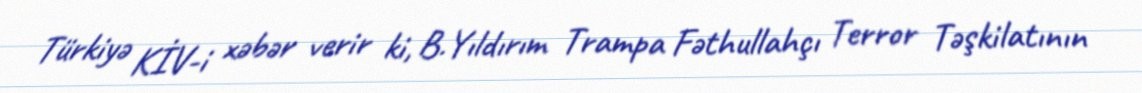
Türkiyə KİV-i xəbər verir ki, B.Yıldırım Trampa Fəthullahçı Terror Təşkilatının